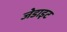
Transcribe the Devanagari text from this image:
जेडाइट